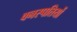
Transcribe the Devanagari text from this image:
वनस्‍पतियों